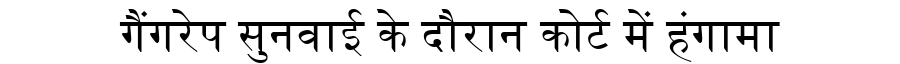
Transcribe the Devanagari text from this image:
गैंगरेप सुनवाई के दौरान कोर्ट में हंगामा